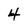
Character: 4